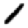
Digit: 1